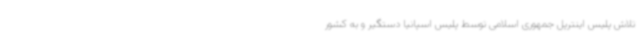
تلاش پلیس اینترپل جمهوری اسلامی توسط پلیس اسپانیا دستگیر و به کشور